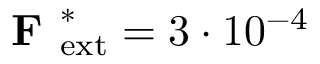
\textbf { F } _ { \mathrm { e x t } } ^ { * } = 3 \cdot 1 0 ^ { - 4 }